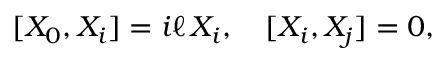
[ X _ { 0 } , X _ { i } ] = i \ell \, X _ { i } , \quad [ X _ { i } , X _ { j } ] = 0 ,